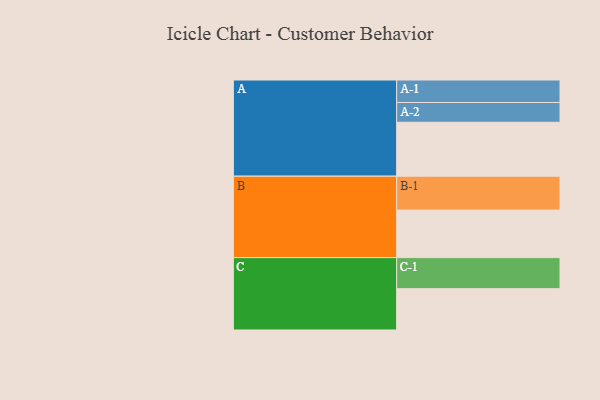
{"axis": {"x": "Segment", "y": "Value"}, "legend": ["", "A", "B", "C"], "data": [{"x": "A", "y": 453, "type": ""}, {"x": "B", "y": 399, "type": ""}, {"x": "C", "y": 347, "type": ""}, {"x": "A-1", "y": 189, "type": "A"}, {"x": "A-2", "y": 166, "type": "A"}, {"x": "B-1", "y": 285, "type": "B"}, {"x": "C-1", "y": 261, "type": "C"}]}